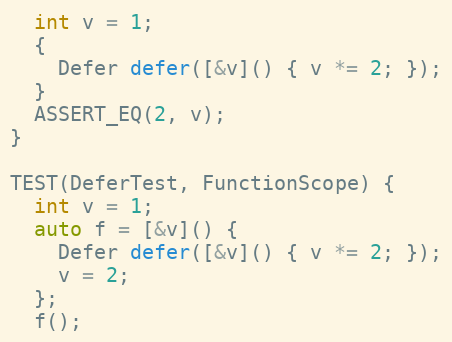
Language: C++
  int v = 1;
  {
    Defer defer([&v]() { v *= 2; });
  }
  ASSERT_EQ(2, v);
}

TEST(DeferTest, FunctionScope) {
  int v = 1;
  auto f = [&v]() {
    Defer defer([&v]() { v *= 2; });
    v = 2;
  };
  f();